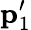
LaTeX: {\mathbf p_{1}^{\prime}}